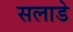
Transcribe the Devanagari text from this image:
सलाडे